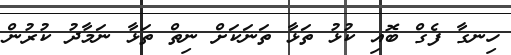
ހިނގާ ފެގް ބޮއި ކުޅު ތަޅާ ތަނަކަށް ނިތް ތަޅާ ނަމާދު ކުރުން